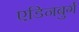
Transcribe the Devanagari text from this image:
एडिनबुर्ग